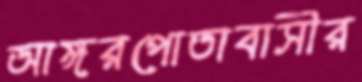
আঙ্গরপোতাবাসীর